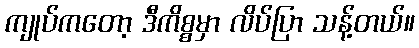
ကျုပ်ကတော့ ဒီကိစ္စမှာ လိပ်ပြာ သန့်တယ်။